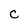
Character: C